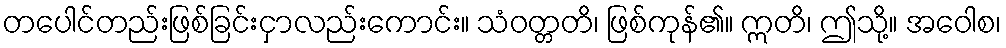
တပေါင်တည်းဖြစ်ခြင်းငှာလည်းကောင်း။ သံဝတ္တတိ၊ ဖြစ်ကုန်၏။ ဣတိ၊ ဤသို့။ အဝေါစ၊